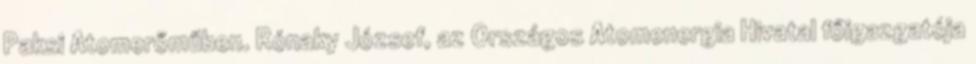
Paksi Atomerőműben. Rónaky József, az Országos Atomenergia Hivatal főigazgatója